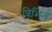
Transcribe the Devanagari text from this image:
विभिनं